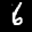
Label: 6